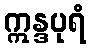
ဣန္ဒပုရံ